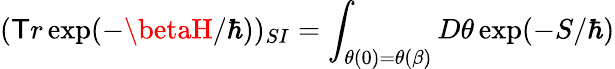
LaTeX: (\mathsf{T}r\exp(-\betaH/\hbar))_{SI}=\int_{\theta(0)=\theta(\beta)}D\theta\exp(-S/\hbar)